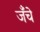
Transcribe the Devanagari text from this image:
जँचे